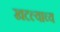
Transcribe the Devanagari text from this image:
खटल्याच्य